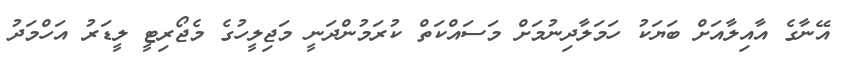
އޭނާގެ އާއިލާއަށް ބަޔަކު ހަމަލާދިނުމަށް މަސައްކަތް ކުރަމުންދަނީ މަޖިލީހުގެ މެޖޯރިޓީ ލީޑަރު އަހްމަދު